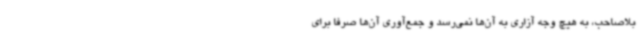
بلاصاحب، به هیچ وجه آزاری به آن‌ها نمی‌رسد و جمع‌آوری آن‌ها صرفا برای